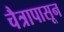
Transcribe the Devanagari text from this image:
चैत्रापासून